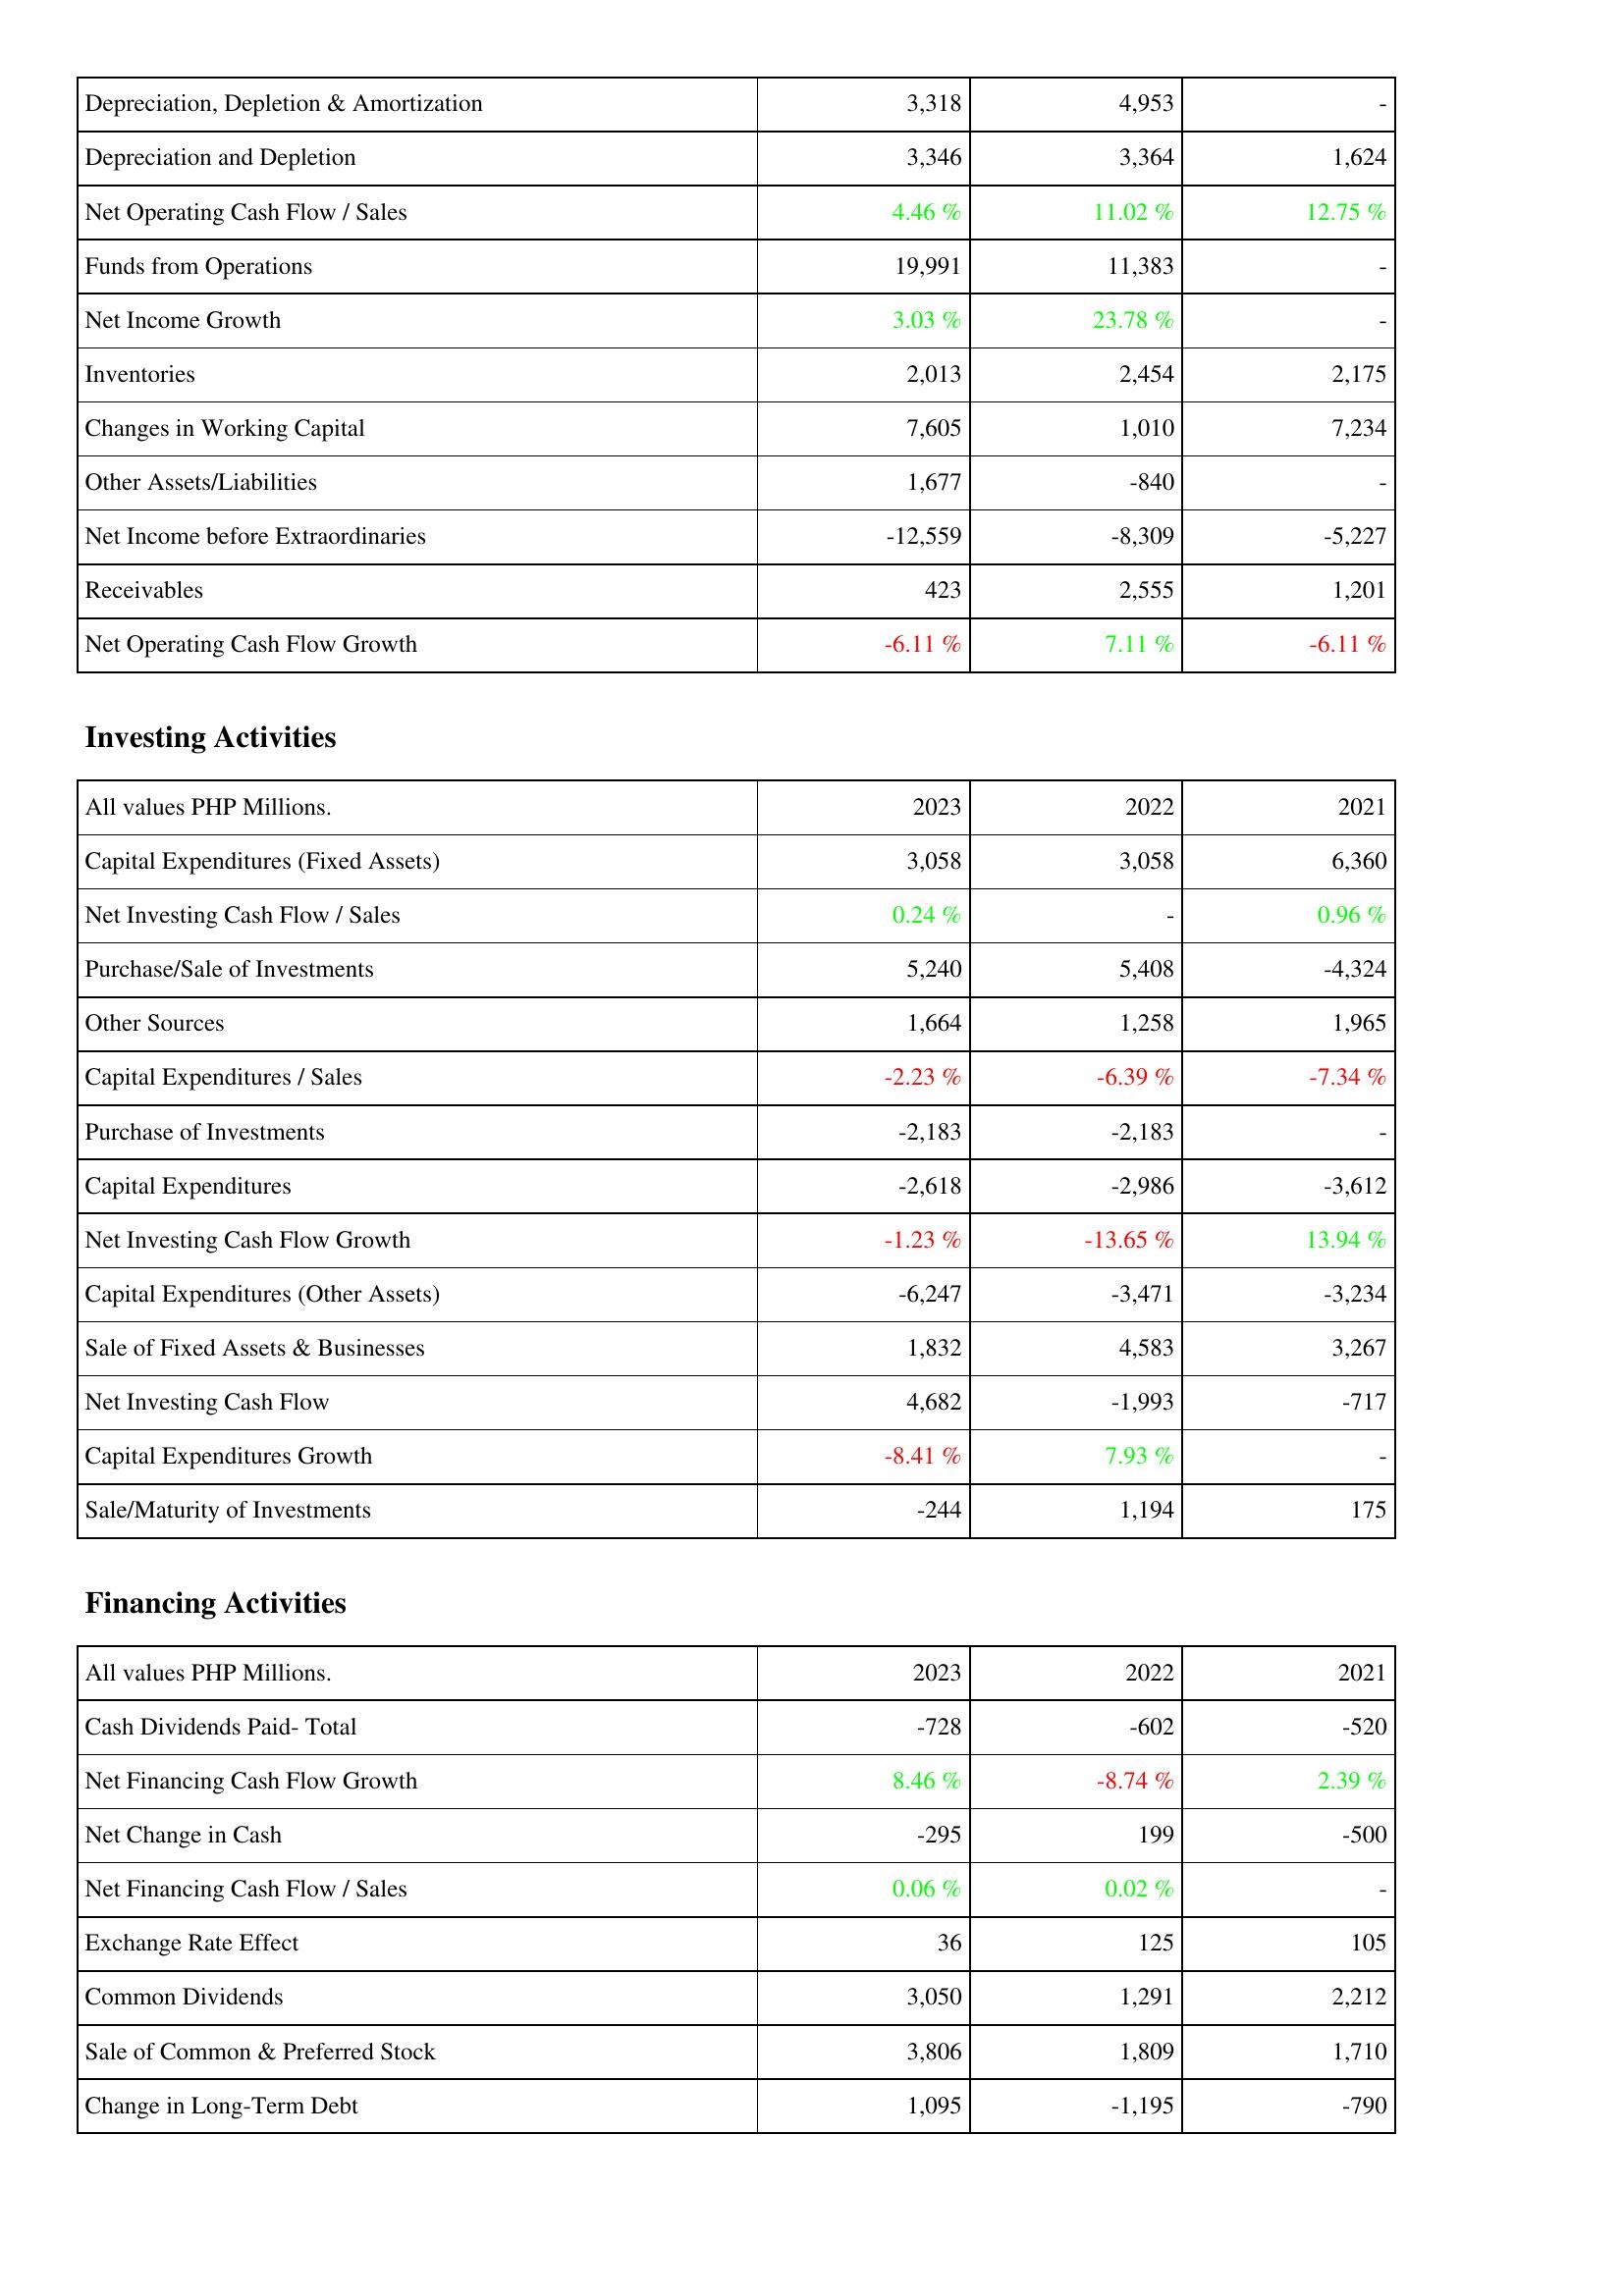
2023: Operating Activities: Depreciation, Depletion & Amortization: 3,318
Depreciation and Depletion: 3,346
Net Operating Cash Flow / Sales: 4.46 %
Funds from Operations: 19,991
Net Income Growth: 3.03 %
Inventories: 2,013
Changes in Working Capital: 7,605
Other Assets/Liabilities: 1,677
Net Income before Extraordinaries: -12,559
Receivables: 423
Net Operating Cash Flow Growth: -6.11 %
Investing Activities: Capital Expenditures (Fixed Assets): 3,058
Net Investing Cash Flow / Sales: 0.24 %
Purchase/Sale of Investments: 5,240
Other Sources: 1,664
Capital Expenditures / Sales: -2.23 %
Purchase of Investments: -2,183
Capital Expenditures: -2,618
Net Investing Cash Flow Growth: -1.23 %
Capital Expenditures (Other Assets): -6,247
Sale of Fixed Assets & Businesses: 1,832
Net Investing Cash Flow: 4,682
Capital Expenditures Growth: -8.41 %
Sale/Maturity of Investments: -244
Financing Activities: Cash Dividends Paid- Total: -728
Net Financing Cash Flow Growth: 8.46 %
Net Change in Cash: -295
Net Financing Cash Flow / Sales: 0.06 %
Exchange Rate Effect: 36
Common Dividends: 3,050
Sale of Common & Preferred Stock: 3,806
Change in Long-Term Debt: 1,095
2022: Operating Activities: Depreciation, Depletion & Amortization: 4,953
Depreciation and Depletion: 3,364
Net Operating Cash Flow / Sales: 11.02 %
Funds from Operations: 11,383
Net Income Growth: 23.78 %
Inventories: 2,454
Changes in Working Capital: 1,010
Other Assets/Liabilities: -840
Net Income before Extraordinaries: -8,309
Receivables: 2,555
Net Operating Cash Flow Growth: 7.11 %
Investing Activities: Capital Expenditures (Fixed Assets): 3,058
Net Investing Cash Flow / Sales: -
Purchase/Sale of Investments: 5,408
Other Sources: 1,258
Capital Expenditures / Sales: -6.39 %
Purchase of Investments: -2,183
Capital Expenditures: -2,986
Net Investing Cash Flow Growth: -13.65 %
Capital Expenditures (Other Assets): -3,471
Sale of Fixed Assets & Businesses: 4,583
Net Investing Cash Flow: -1,993
Capital Expenditures Growth: 7.93 %
Sale/Maturity of Investments: 1,194
Financing Activities: Cash Dividends Paid- Total: -602
Net Financing Cash Flow Growth: -8.74 %
Net Change in Cash: 199
Net Financing Cash Flow / Sales: 0.02 %
Exchange Rate Effect: 125
Common Dividends: 1,291
Sale of Common & Preferred Stock: 1,809
Change in Long-Term Debt: -1,195
2021: Operating Activities: Depreciation, Depletion & Amortization: -
Depreciation and Depletion: 1,624
Net Operating Cash Flow / Sales: 12.75 %
Funds from Operations: -
Net Income Growth: -
Inventories: 2,175
Changes in Working Capital: 7,234
Other Assets/Liabilities: -
Net Income before Extraordinaries: -5,227
Receivables: 1,201
Net Operating Cash Flow Growth: -6.11 %
Investing Activities: Capital Expenditures (Fixed Assets): 6,360
Net Investing Cash Flow / Sales: 0.96 %
Purchase/Sale of Investments: -4,324
Other Sources: 1,965
Capital Expenditures / Sales: -7.34 %
Purchase of Investments: -
Capital Expenditures: -3,612
Net Investing Cash Flow Growth: 13.94 %
Capital Expenditures (Other Assets): -3,234
Sale of Fixed Assets & Businesses: 3,267
Net Investing Cash Flow: -717
Capital Expenditures Growth: -
Sale/Maturity of Investments: 175
Financing Activities: Cash Dividends Paid- Total: -520
Net Financing Cash Flow Growth: 2.39 %
Net Change in Cash: -500
Net Financing Cash Flow / Sales: -
Exchange Rate Effect: 105
Common Dividends: 2,212
Sale of Common & Preferred Stock: 1,710
Change in Long-Term Debt: -790